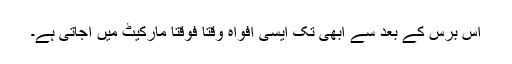
اس برس کے بعد سے ابھی تک ایسی افواہ وقتاََ فوقتاََ مارکیٹ میں آجاتی ہے۔